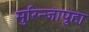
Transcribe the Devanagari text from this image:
मुरिन्जापुहा